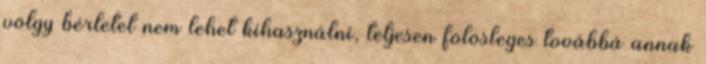
völgy bérletet nem lehet kihasználni, teljesen fölösleges továbbá annak